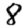
Digit: 8